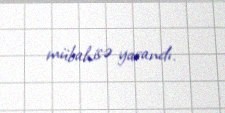
mübahisə yarandı.